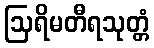
ဩရိမတီရသုတ္တံ